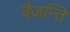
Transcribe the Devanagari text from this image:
वैजन्ति